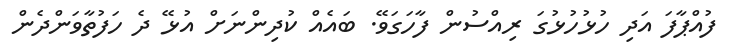
ފުއްޕާފަ އަދި ހުޅުހުޅުގަ ރިއްސުން ފާހަގަވޭ. ބައެއް ކުދިންނަށް އުޅޭ ދެ ހަފުތާވަންދެން